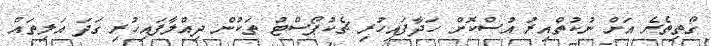
ގޯތިތެރެ އަށް ނުކުތްއިރު އުސްކޮށް ހަދާފައިހުރި ޗެކުޕޯސްޓު ތަކުން ދިއްލާފައިހުރި ގަދަ އަލިތައް